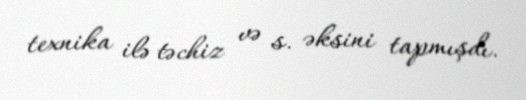
texnika ilə təchiz və s. əksini tapmışdı.